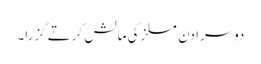
دوسرا دن مسلز کی مالش کرتے گزرا۔